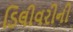
ડિલીવરીની